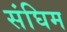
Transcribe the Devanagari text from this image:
संघिम